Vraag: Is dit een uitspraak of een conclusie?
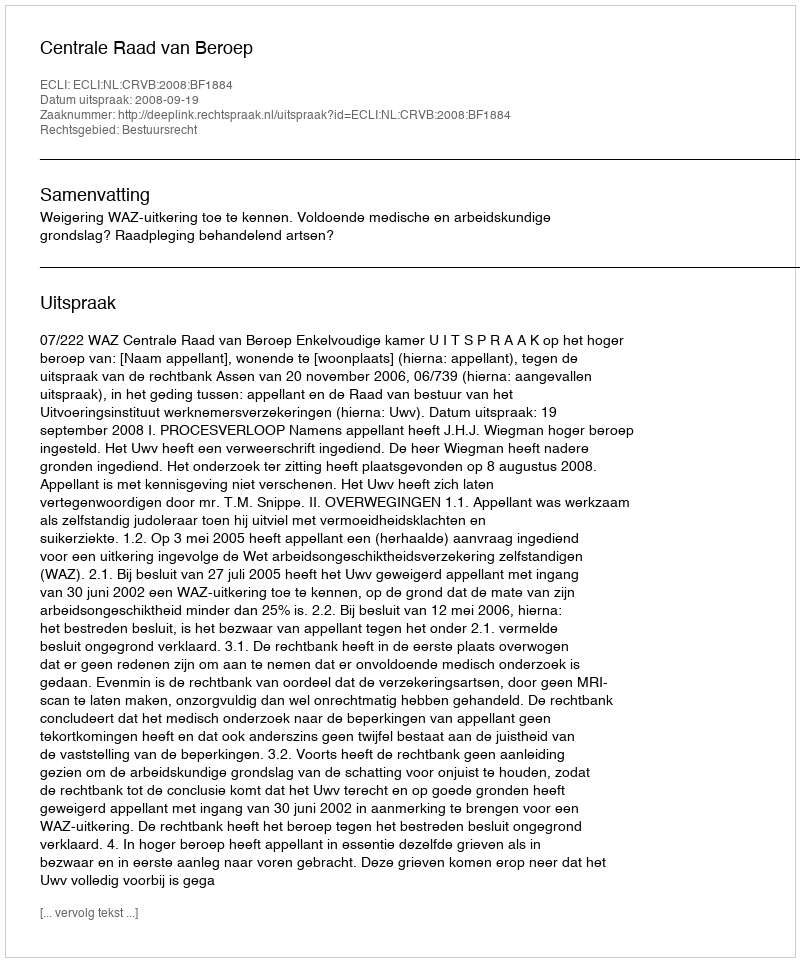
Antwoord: Uitspraak